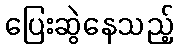
ပြေးဆွဲနေသည့်